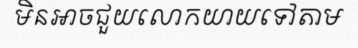
មិនអាចជួយលោកយាយទៅតាម